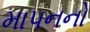
માપનનો